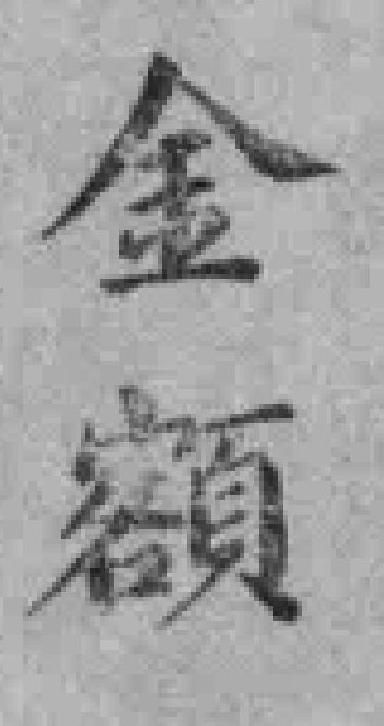
金额